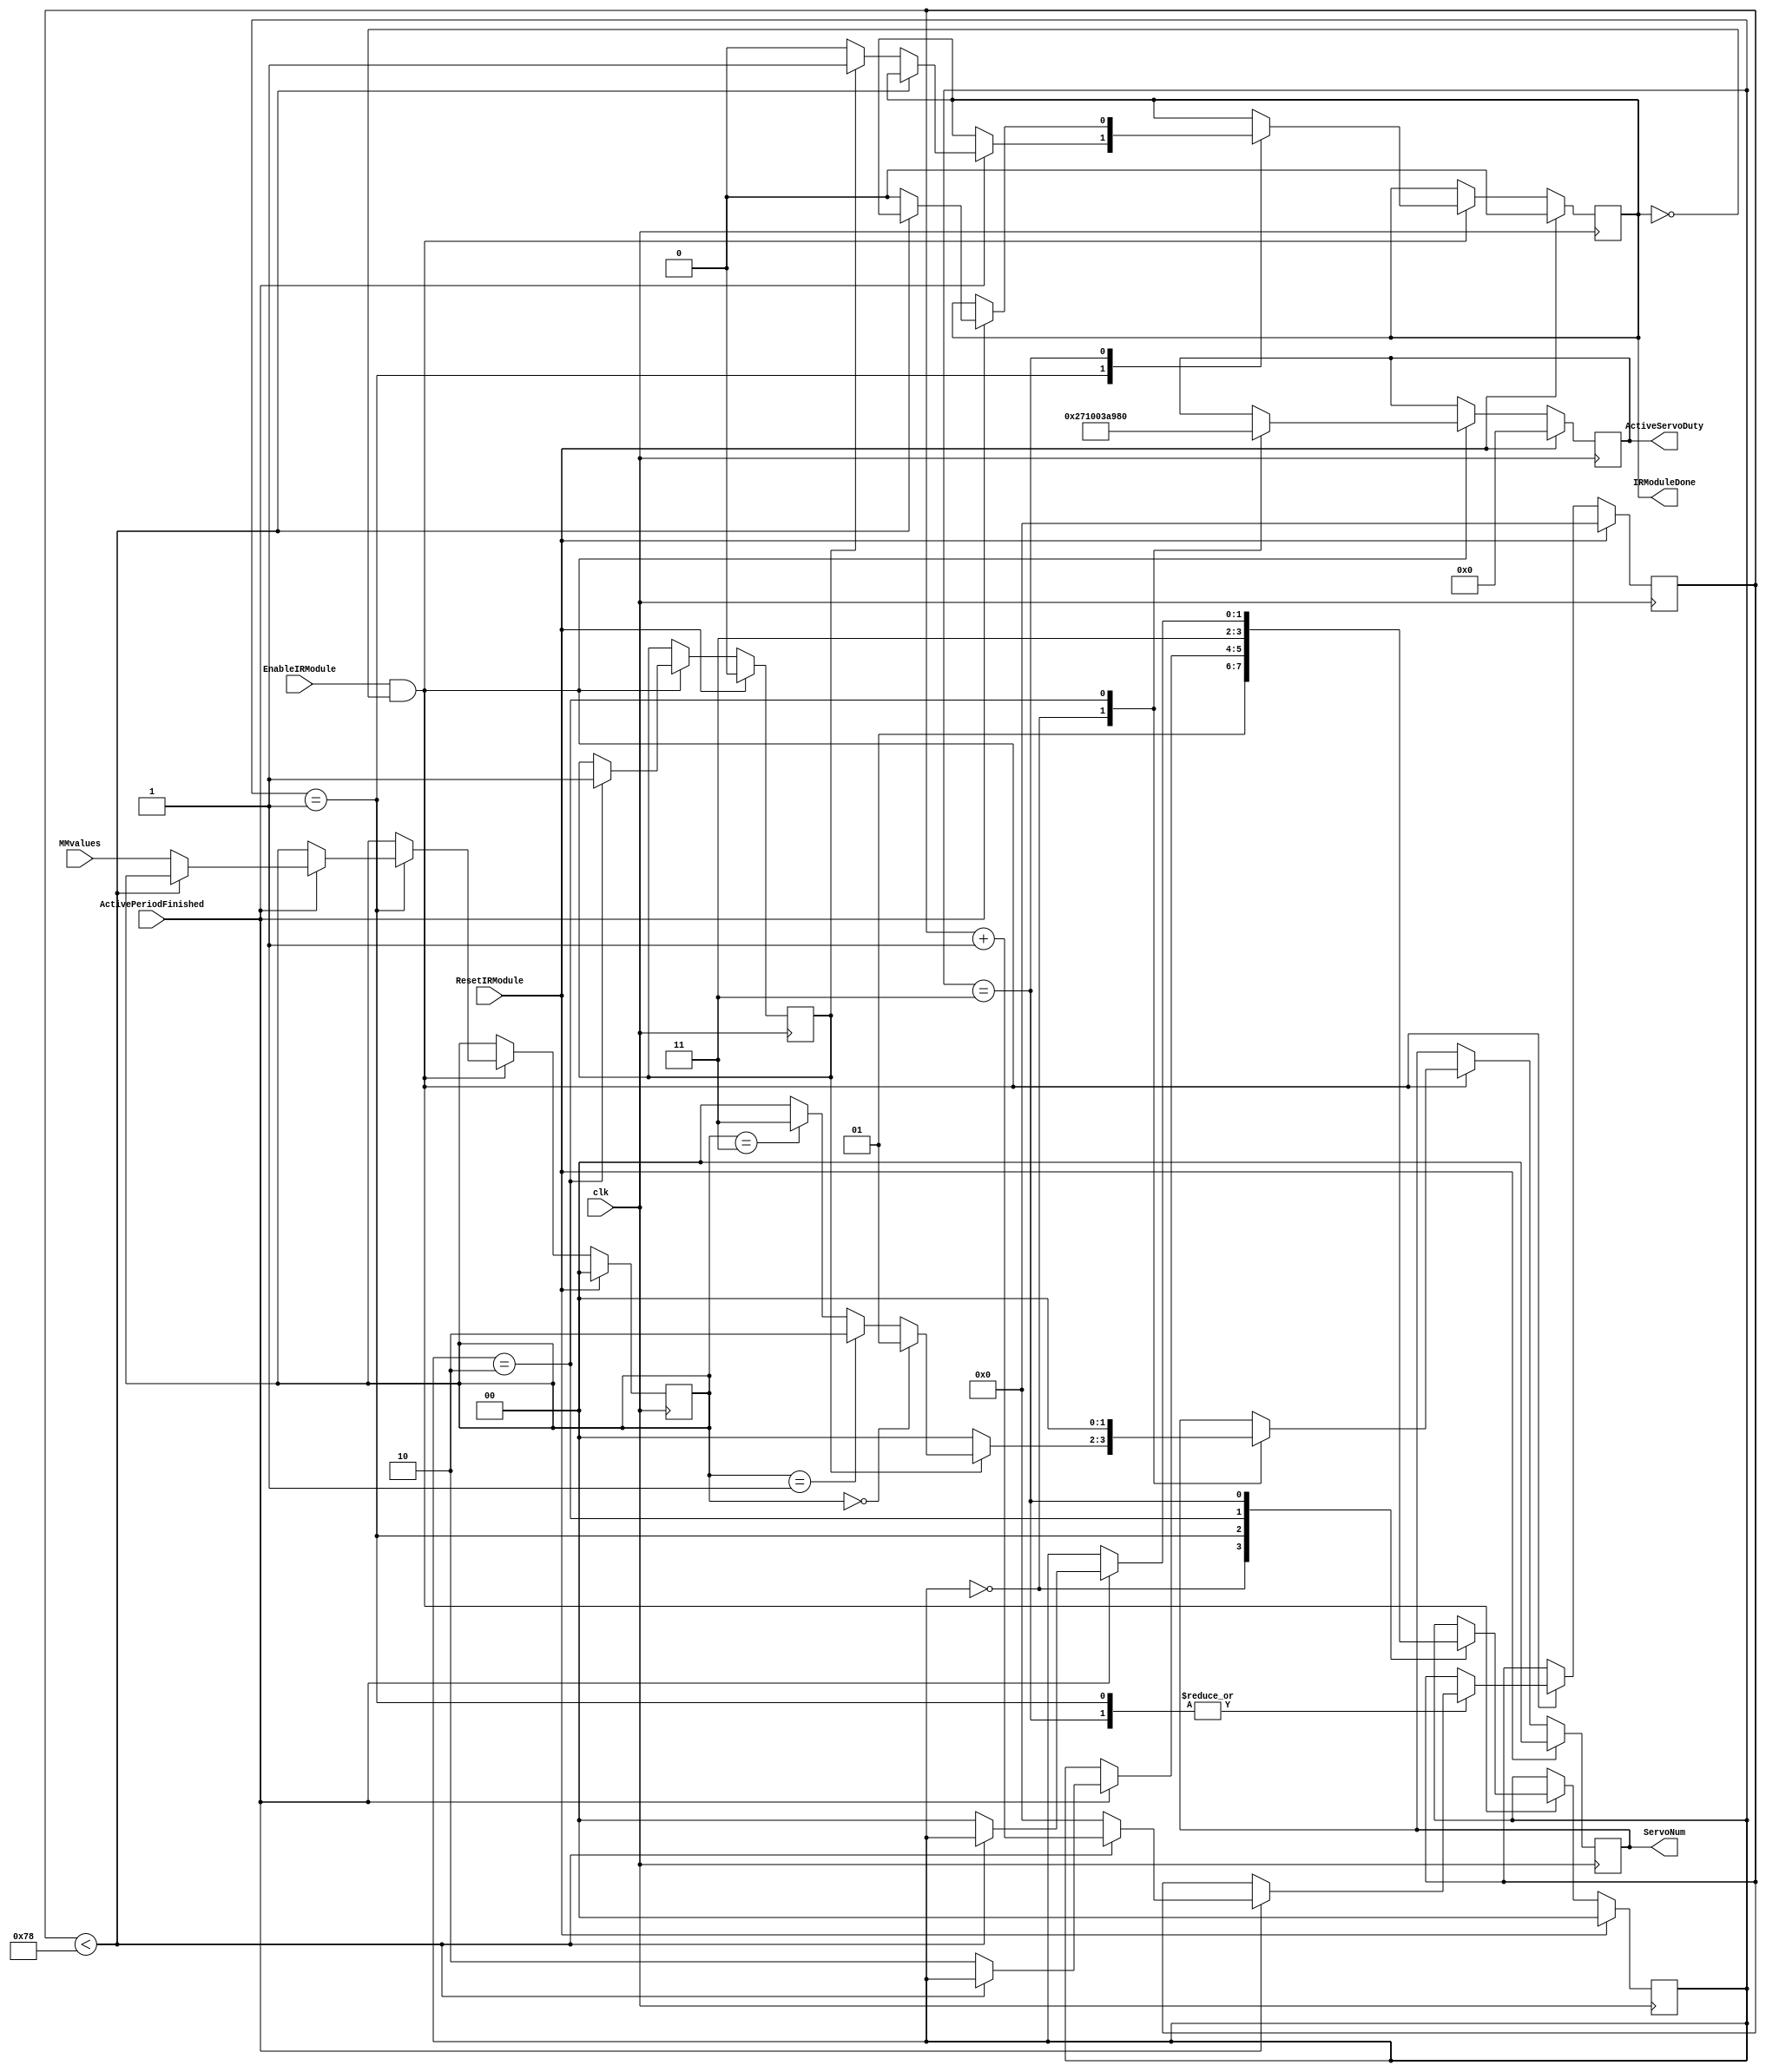
`timescale 1ns / 1ps
//////////////////////////////////////////////////////////////////////////////////
// Company: 
// Engineer: 
// 
// Design Name: 
// Module Name: IRSensor
// Project Name: 
// Target Devices: 
// Tool Versions: 
// Description: 
// 
// Dependencies: 
// 
// Revision:
// Revision 0.01 - File Created
// Additional Comments:
// 
//////////////////////////////////////////////////////////////////////////////////

module IRSensor(
    input             clk,
    input [1:0]       MMvalues,
    input             EnableIRModule,
    input             ResetIRModule,
    input             ActivePeriodFinished,
    output reg [1:0]  ServoNum, // Which servo should be moving?
    output reg [20:0] ActiveServoDuty,
    output reg        IRModuleDone // Finished moving all the servos to check the moisture, etc
    );

   localparam LEFT=80_000, MIDDLE=150_000, RIGHT=240_000;
   localparam MOVE_ARM = 0, WAIT = 1, RESET_ARM = 2, WAIT_FROM_RESET = 3;      

   reg [6:0]   counter;
   reg [1:0]   state; 
   reg         flag;
   reg [1:0]   MMvalues_sync;

   wire [1:0]  which_servo;

   assign which_servo = (MMvalues_sync == 2'b00) ? 1 :  //assiging moisture outputs to a specific servo
                        (MMvalues_sync == 2'b01) ? 2 :
                        (MMvalues_sync == 2'b11) ? 3 : 0;

   initial 
     {counter, state, flag, 
      IRModuleDone, ActiveServoDuty, 
      ServoNum, MMvalues_sync} = 0;

   always @(posedge clk)
     begin
        if (ResetIRModule)
          begin
             /*AUTORESET*/
             // Beginning of autoreset for uninitialized flops
             ActiveServoDuty <= 21'h0;
             IRModuleDone <= 1'h0;
             MMvalues_sync <= 2'h0;
             ServoNum <= 2'h0;
             counter <= 7'h0;
             flag <= 1'h0;
             state <= 2'h0;
             // End of automatics
          end  
        else if (EnableIRModule && ~IRModuleDone) 
          case (state) // If it's not counting
            MOVE_ARM:
              begin
                 ServoNum <=flag ? which_servo:0;    
                 ActiveServoDuty <= LEFT;
                 state <= WAIT;
              end

            WAIT:
              begin
                 if (ActivePeriodFinished)
                   if (counter < 120) 
                     counter <= counter + 1;
                   else
                     begin
                        counter <= 0;
                        MMvalues_sync <= MMvalues;
                        // Move the state back to initial state if we're done
                        // Otherwise, move the arm back up
                        state<=RESET_ARM;
                        IRModuleDone<=flag ? 1:0;
                     end
              end
            
            RESET_ARM:
              begin
                 ServoNum <= 0;    
                 ActiveServoDuty <= RIGHT;
                 flag<=1;
                 state <= WAIT_FROM_RESET;
              end

            WAIT_FROM_RESET:
              begin
                 if (ActivePeriodFinished)
                   if (counter < 120) 
                     counter <= counter + 1;
                   else
                     begin
                        counter <= 0;
                        // Move the state back to initial state if we're done
                        // Otherwise, move the arm back up
                        state<=MOVE_ARM;
                        IRModuleDone<=0;
                     end
              end
          endcase
     end
endmodule